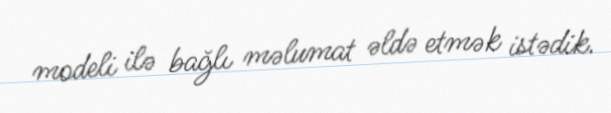
modeli ilə bağlı məlumat əldə etmək istədik.